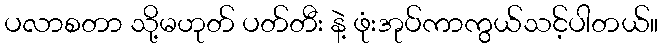
ပလာစတာ သို့မဟုတ် ပတ်တီး နဲ့ ဖုံးအုပ်ကာကွယ်သင့်ပါတယ်။